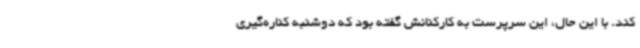
کند. با این حال، این سرپرست به کارکنانش گفته بود که دوشنبه کناره‌گیری